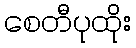
စေတီပုထိုး